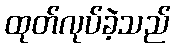
ထုတ်လုပ်ခဲ့သည်